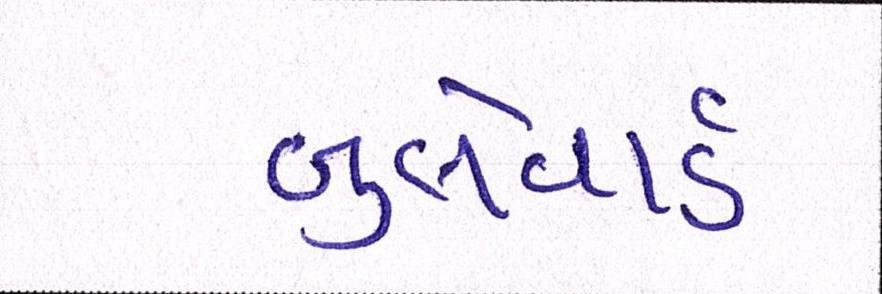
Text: બુલેવાર્ડ